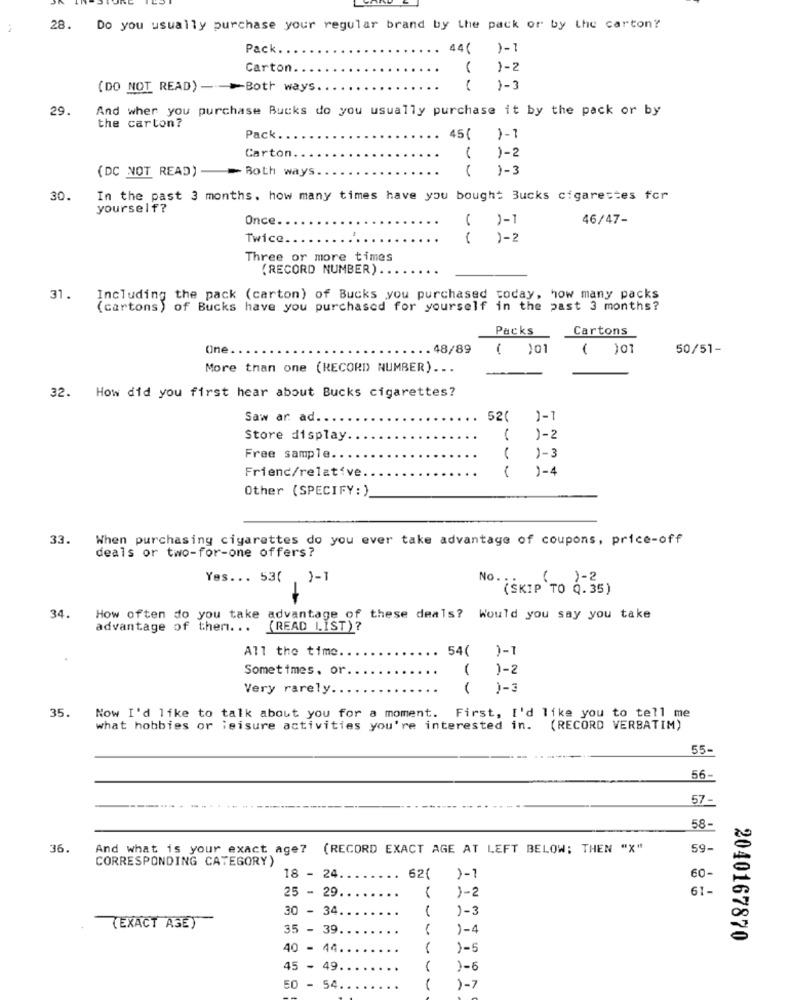
28. Do you usually purchase your regular brand by the pack or by the carton?
Pack ..
44(
)-1
Carton.
1-2
(DO NOT READ) - - Both ways.
29.
And wher you purchase Bucks do you usually purchase it by the pack or by
the carton?
Pack.
.. 45( )-1
Carton.
)-2
1-3
(DC NOT READ) = Both ways
30.
In the past 3 months. how many times have you bought Bucks cigarettes for
yourself?
Once.
)-1
46/47-
Twice
1-2
Three or more times
(RECORD NUMBER) ...
31.
Including the pack (carton) of Bucks you purchased today, how many packs
(cartons) of Bucks have you purchased for yourself in the past 3 months?
Packs
Cartons
One.
. 48/89
101
1
101
50/51-
More than one (RECORD) NUMBER) ...
32. How did you first hear about Bucks cigarettes?
Saw ar ad.
52(
)-1
Store display
)-2
Free sample.
)-3
Friend/relative
1
1-4
Other (SPECIFY: )
33.
When purchasing cigarettes do you ever take advantage of coupons, price-off
deals or two-for-one offers?
Yes ... 53( , )-1
No ..
( )-2
(SKIP TO Q. 35 )
34.
How often do you take advantage of these deals? Would you say you take
advantage of them. ..
(READ LIST) ?
All the time.
54( )-1
Sometimes, or
( )-2
Very rarely ..
)-3
35.
Now I'd like to talk about you for a moment. First, I'd like you to tell me
what hobbies or leisure activities you're interested in.
(RECORD VERBATIM)
55-
56-
57 -
58-
36
And what is your exact age?
(RECORD EXACT AGE AT LEFT BELOW; THEN "X"
59-
CORRESPONDING CATEGORY)
18 - 24.
62(
60-
61-
25 - 29.
)-2
30 - 34
1-3
(EXACT AGE)
35 - 39.
)-4
2040167870
40 - 44.
)-5
45 - 49
)-6
50 - 54.
1
)-7